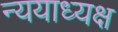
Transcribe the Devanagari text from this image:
न्ययाध्यक्ष